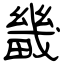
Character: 畿